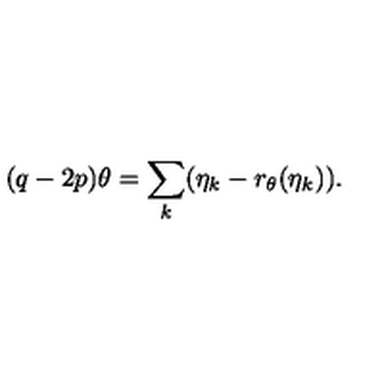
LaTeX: ( q - 2 p ) \theta = \sum _ { k } ( \eta _ { k } - r _ { \theta } ( \eta _ { k } ) ) .